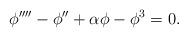
LaTeX: \begin{align*}\phi''''-\phi''+\alpha \phi-\phi^3=0.\end{align*}